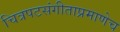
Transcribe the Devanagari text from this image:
चित्रपटसंगीताप्रमाणेच